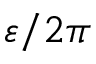
\varepsilon / 2 \pi